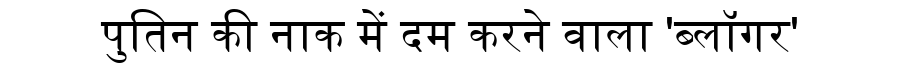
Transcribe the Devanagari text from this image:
पुतिन की नाक में दम करने वाला 'ब्लॉगर'